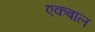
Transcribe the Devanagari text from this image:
एकबाल